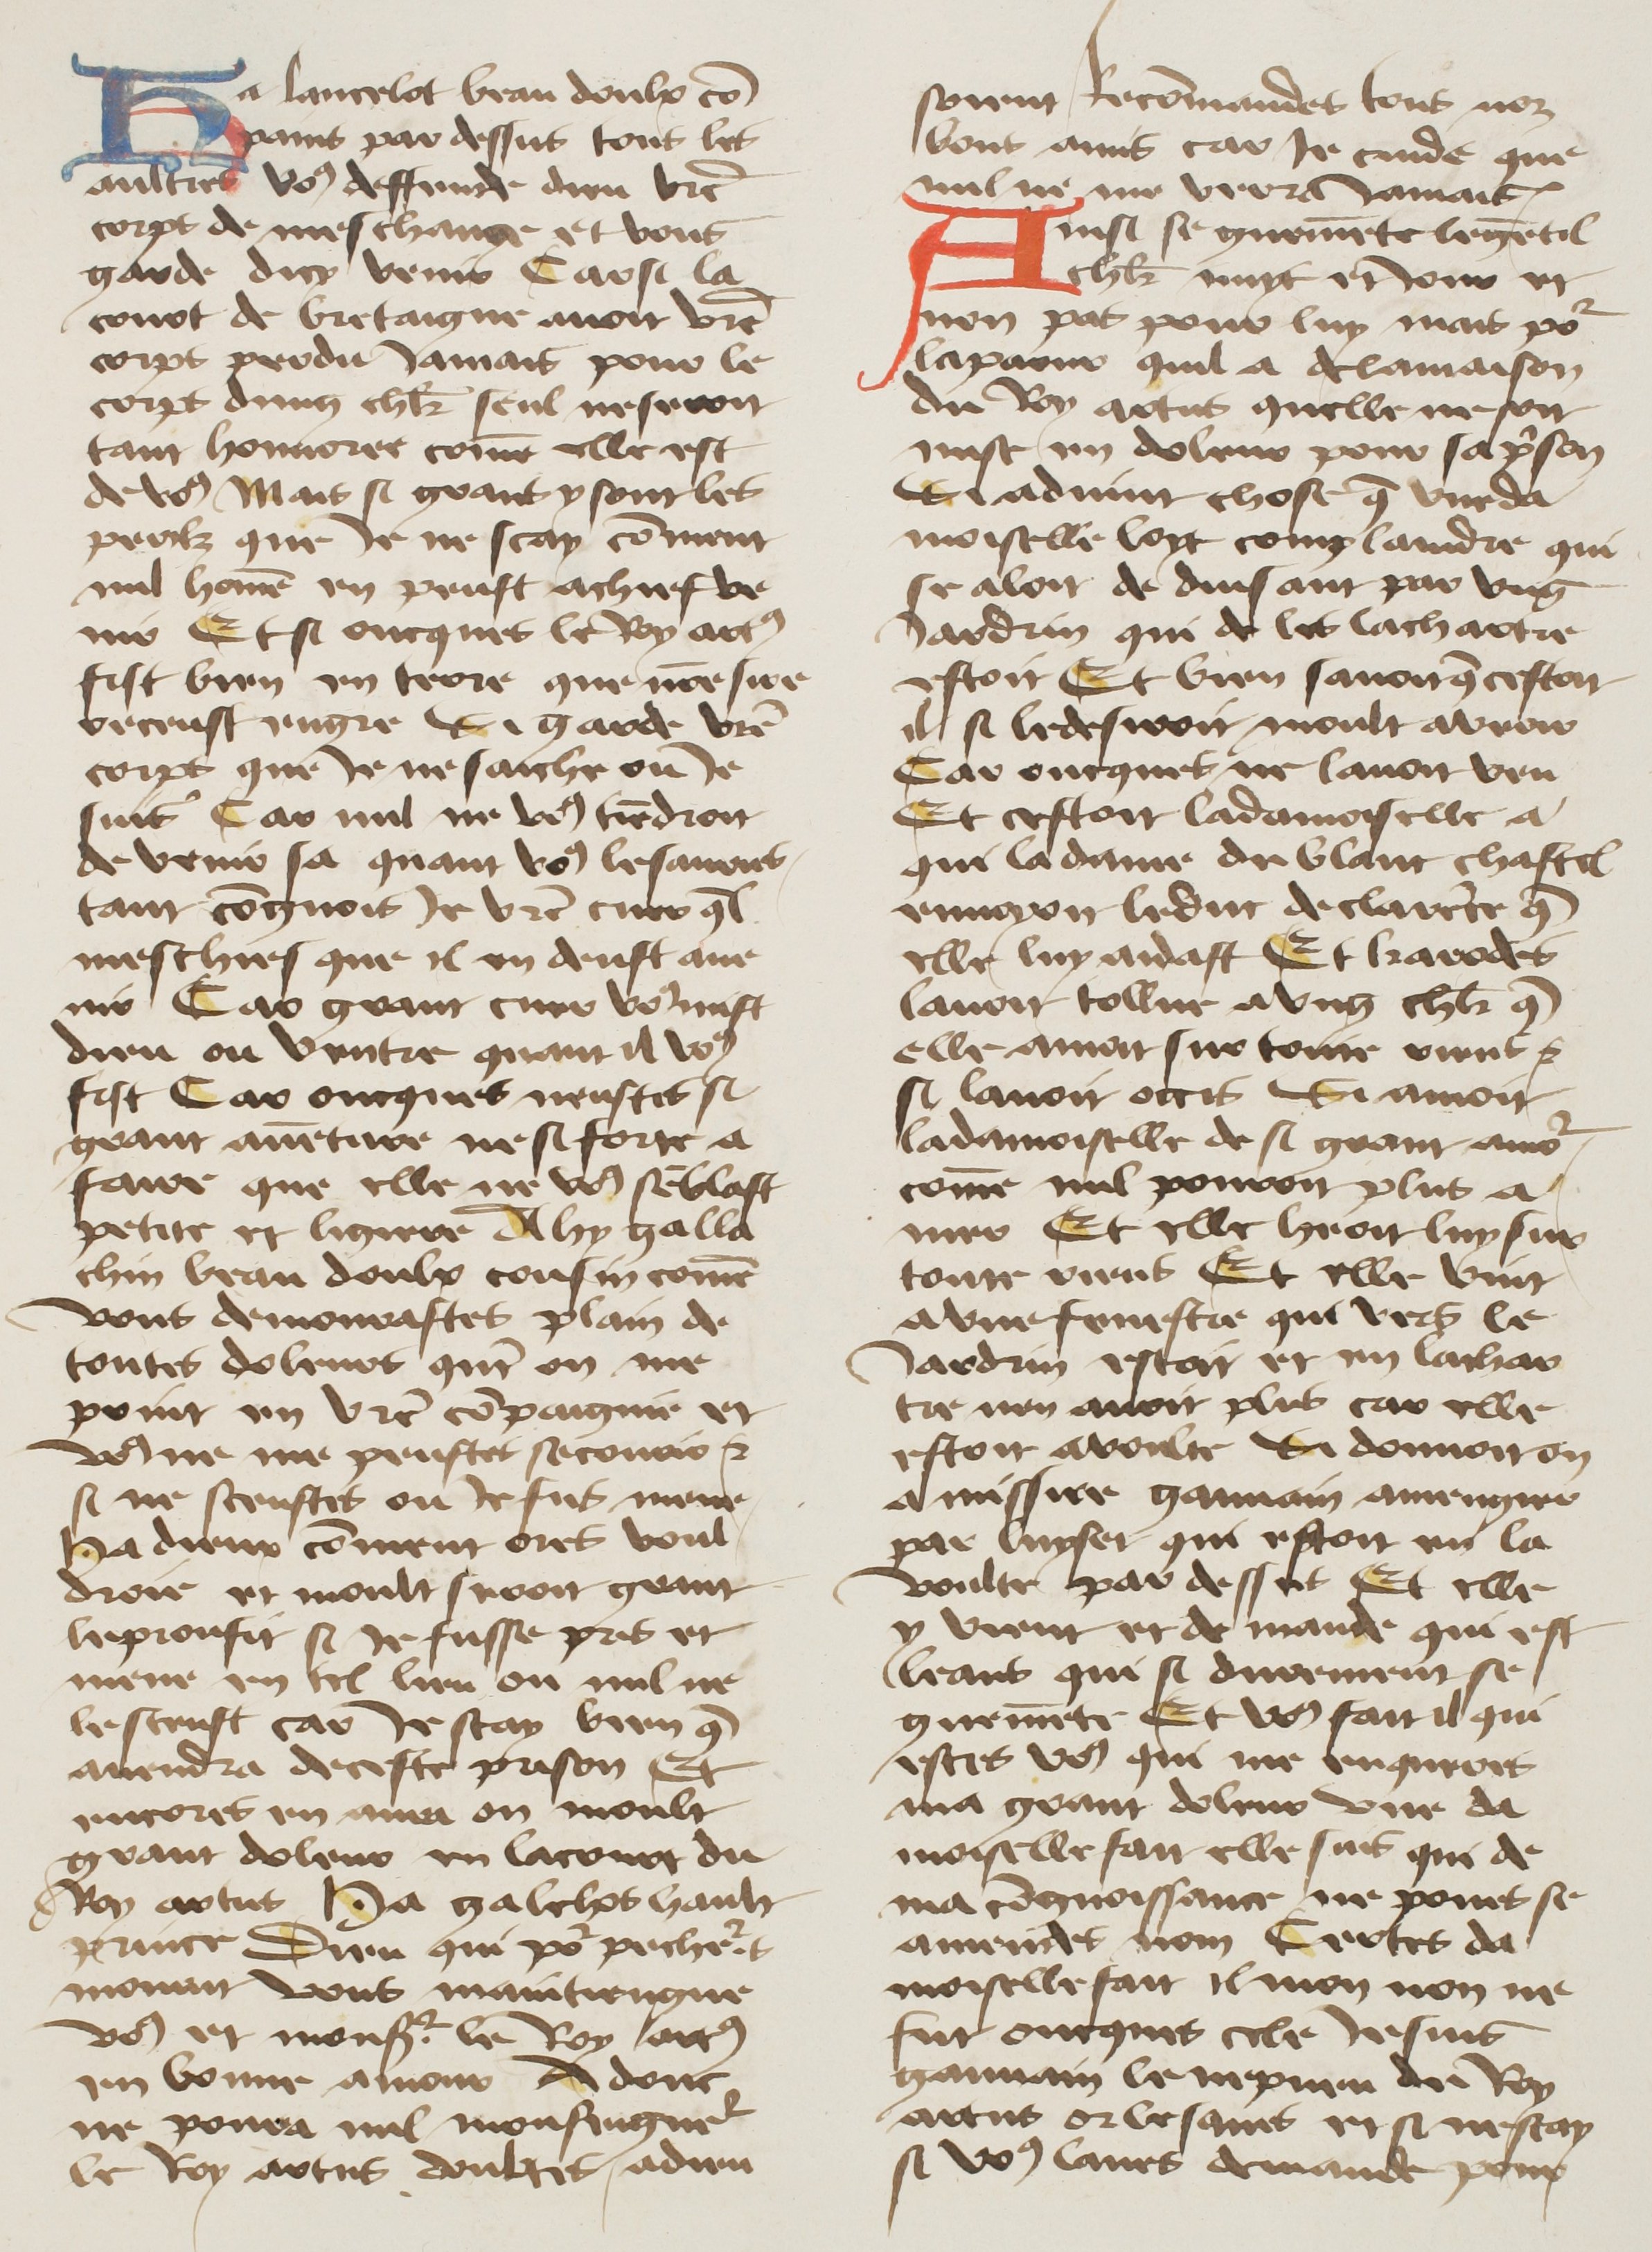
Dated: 1400–1499